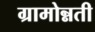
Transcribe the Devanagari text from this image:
ग्रामोन्नती